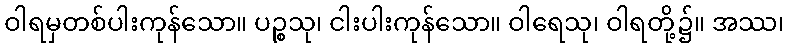
ဝါရမှတစ်ပါးကုန်သော။ ပဉ္စသု၊ ငါးပါးကုန်သော။ ဝါရေသု၊ ဝါရတို့၌။ အဿ၊